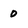
Character: 0